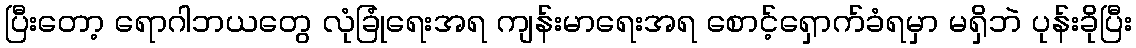
ပြီးတော့ ရောဂါဘယတွေ လုံခြုံရေးအရ ကျန်းမာရေးအရ စောင့်ရှောက်ခံရမှာ မရှိဘဲ ပုန်းခိုပြီး